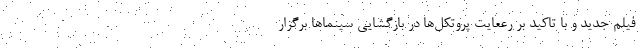
فیلم جدید و با تاکید بر رععایت پروتکل‌ها در بازگشایی سینماها برگزار